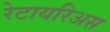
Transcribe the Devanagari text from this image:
रेटायरिअस